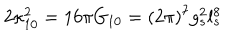
2 \kappa _ { 1 0 } ^ { 2 } = 1 6 \pi G _ { 1 0 } = ( 2 \pi ) ^ { 7 } g _ { s } ^ { 2 } l _ { s } ^ { 8 }